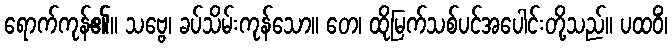
ရောက်ကုန်၏။ သဗ္ဗေ၊ ခပ်သိမ်းကုန်သော။ တေ၊ ထိုမြက်သစ်ပင်အပေါင်းတို့သည်။ ပထဝိံ၊